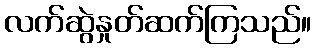
လက်ဆွဲနှုတ်ဆက်ကြသည်။